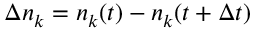
\Delta n _ { k } = n _ { k } ( t ) - n _ { k } ( t + \Delta t )